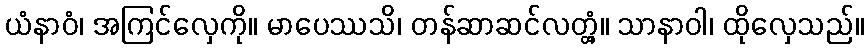
ယံနာဝံ၊ အကြင်လှေကို။ မာပေဿသိ၊ တန်ဆာဆင်လတ္တံ့။ သာနာဝါ၊ ထိုလှေသည်။